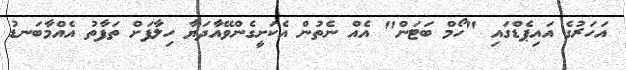
އަހަރުގެ އައިޕެޑްގައި "ހޯމް ބަޓަން" އެއް ނެތުން އެކަށީގެންވޭއާދަޔާ ހިލާފަށް ތަފާތު އެއްމާބަނޑު